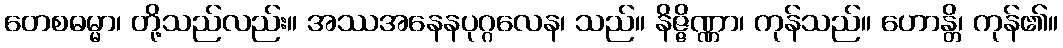
တေစဓမ္မာ၊ တို့သည်လည်း။ အဿအနေနပုဂ္ဂလေန၊ သည်။ နိဇ္ဇိဏ္ဏာ၊ ကုန်သည်။ ဟောန္တိ၊ ကုန်၏။